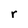
Character: r